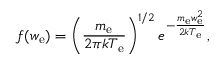
f ( w _ { \mathrm { e } } ) = \left( \frac { m _ { \mathrm { e } } } { 2 \pi k T _ { \mathrm { e } } } \right) ^ { 1 / 2 } e ^ { - \frac { m _ { \mathrm { e } } w _ { \mathrm { e } } ^ { 2 } } { 2 k T _ { \mathrm { e } } } } ,